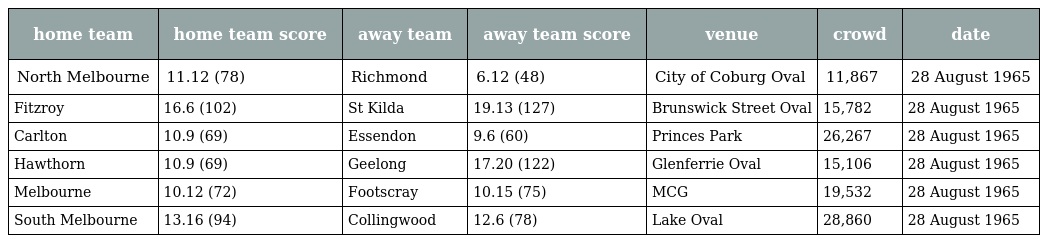
| home team | home team score | away team | away team score | venue | crowd | date |
 | --- | --- | --- | --- | --- | --- | --- |
 | North Melbourne | 11.12 (78) | Richmond | 6.12 (48) | City of Coburg Oval | 11,867 | 28 August 1965 |
 | Fitzroy | 16.6 (102) | St Kilda | 19.13 (127) | Brunswick Street Oval | 15,782 | 28 August 1965 |
 | Carlton | 10.9 (69) | Essendon | 9.6 (60) | Princes Park | 26,267 | 28 August 1965 |
 | Hawthorn | 10.9 (69) | Geelong | 17.20 (122) | Glenferrie Oval | 15,106 | 28 August 1965 |
 | Melbourne | 10.12 (72) | Footscray | 10.15 (75) | MCG | 19,532 | 28 August 1965 |
 | South Melbourne | 13.16 (94) | Collingwood | 12.6 (78) | Lake Oval | 28,860 | 28 August 1965 |